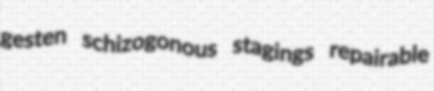
gesten schizogonous stagings repairable